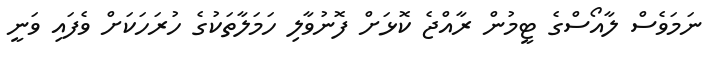
ނަމަވެސް ލާއޯސްގެ ޓީމުން ރާއްޖެ ކޮޅަށް ފޮނުވާލި ހަމަލާތަކުގެ ހުރަހަކަށް ވެފައި ވަނީ